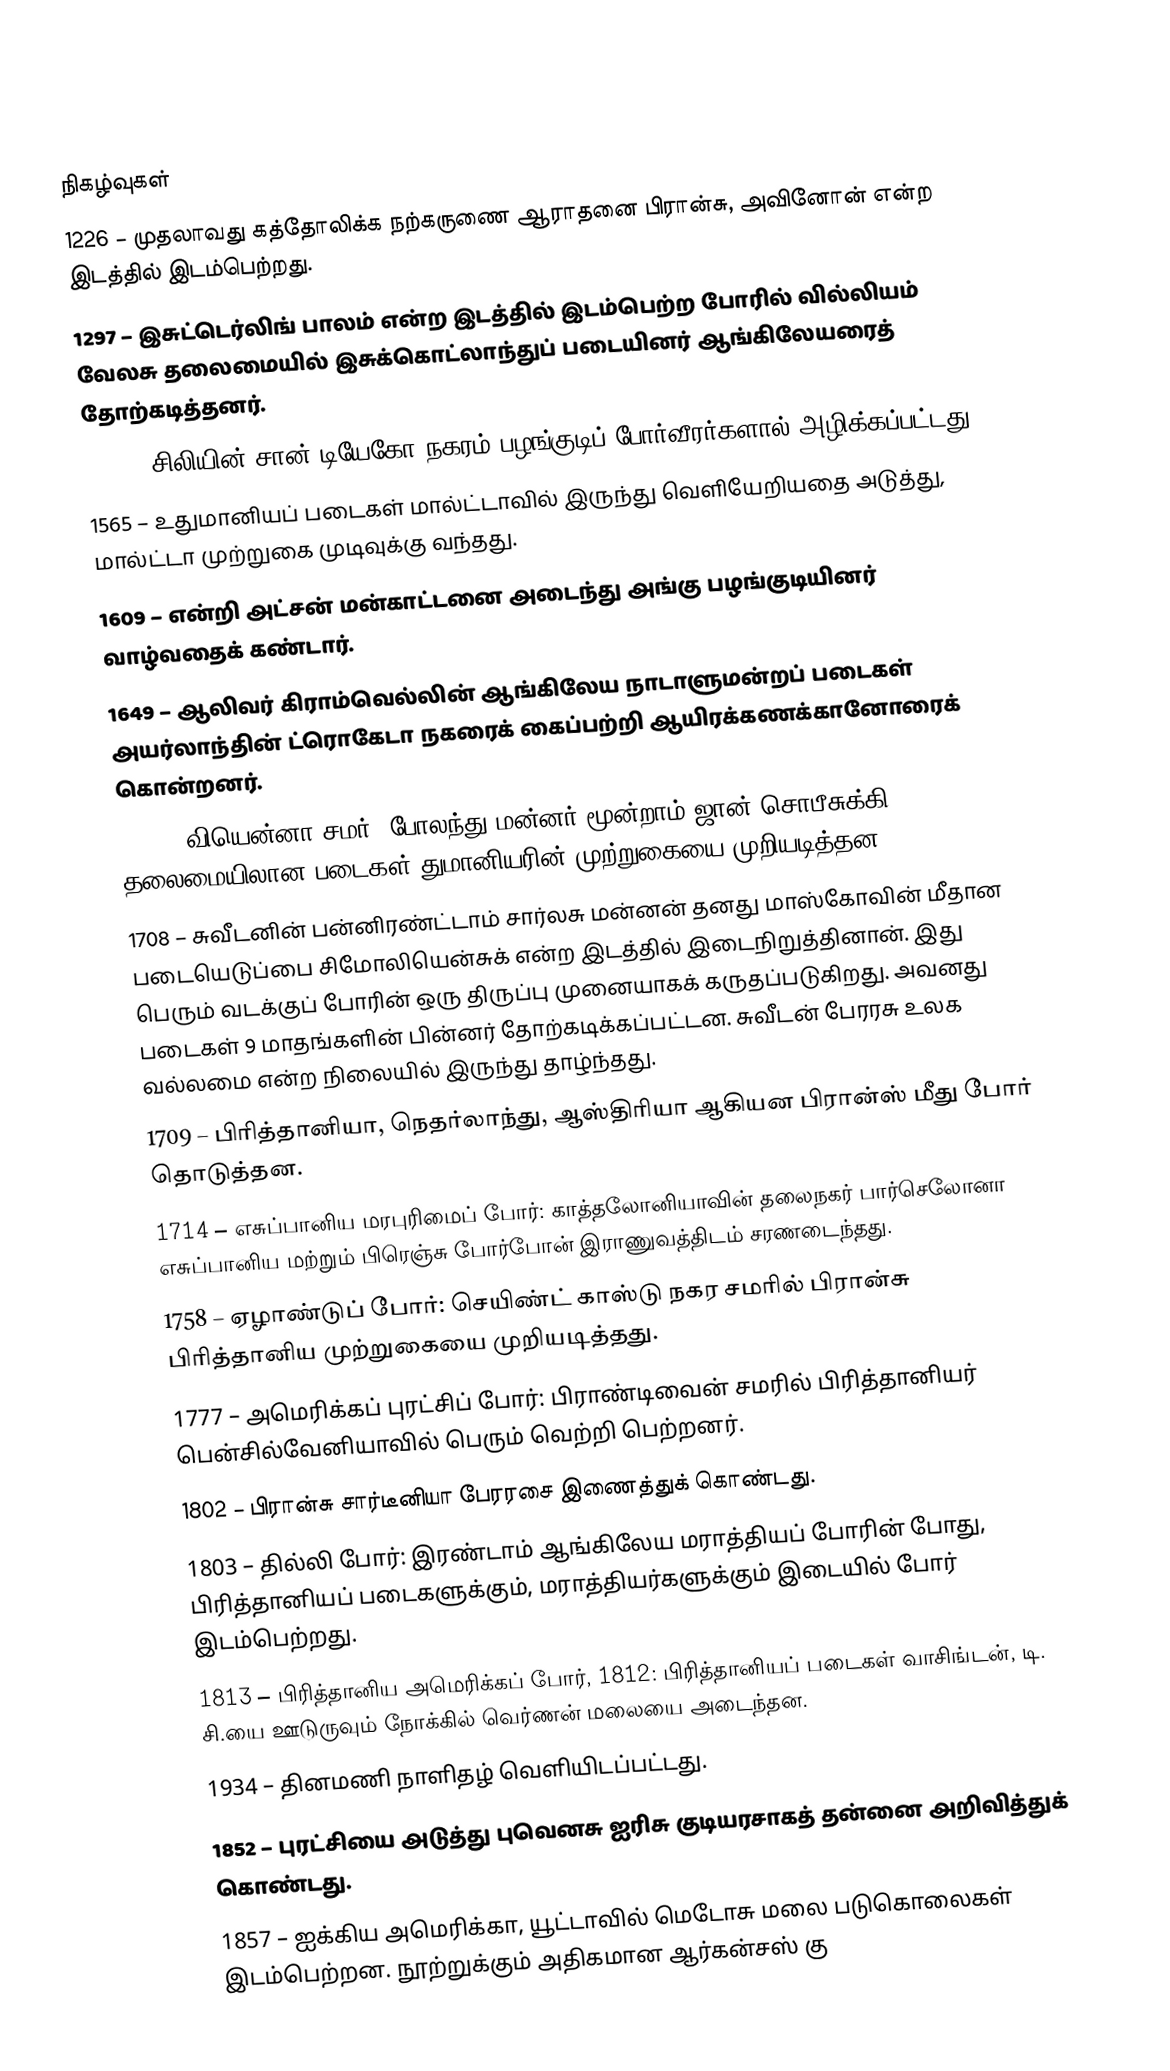

நிகழ்வுகள்
1226 – முதலாவது கத்தோலிக்க நற்கருணை ஆராதனை பிரான்சு, அவினோன் என்ற இடத்தில் இடம்பெற்றது.
1297 – இசுட்டெர்லிங் பாலம் என்ற இடத்தில் இடம்பெற்ற போரில் வில்லியம் வேலசு தலைமையில் இசுக்கொட்லாந்துப் படையினர் ஆங்கிலேயரைத் தோற்கடித்தனர்.
1541 – சிலியின் சான் டியேகோ நகரம் பழங்குடிப் போர்வீரர்களால் அழிக்கப்பட்டது.
1565 – உதுமானியப் படைகள் மால்ட்டாவில் இருந்து வெளியேறியதை அடுத்து, மால்ட்டா முற்றுகை முடிவுக்கு வந்தது.
1609 – என்றி அட்சன் மன்காட்டனை அடைந்து அங்கு பழங்குடியினர் வாழ்வதைக் கண்டார்.
1649 – ஆலிவர் கிராம்வெல்லின் ஆங்கிலேய நாடாளுமன்றப் படைகள் அயர்லாந்தின் ட்ரொகேடா நகரைக் கைப்பற்றி ஆயிரக்கணக்கானோரைக் கொன்றனர்.
1683 – வியென்னா சமர்: போலந்து மன்னர் மூன்றாம் ஜான் சொபீசுக்கி தலைமையிலான படைகள் துமானியரின் முற்றுகையை முறியடித்தன.
1708 – சுவீடனின் பன்னிரண்ட்டாம் சார்லசு மன்னன் தனது மாஸ்கோவின் மீதான படையெடுப்பை சிமோலியென்சுக் என்ற இடத்தில் இடைநிறுத்தினான். இது பெரும் வடக்குப் போரின் ஒரு திருப்பு முனையாகக் கருதப்படுகிறது. அவனது படைகள் 9 மாதங்களின் பின்னர் தோற்கடிக்கப்பட்டன. சுவீடன் பேரரசு உலக வல்லமை என்ற நிலையில் இருந்து தாழ்ந்தது.
1709 – பிரித்தானியா, நெதர்லாந்து, ஆஸ்திரியா ஆகியன பிரான்ஸ் மீது போர் தொடுத்தன.
1714 – எசுப்பானிய மரபுரிமைப் போர்: காத்தலோனியாவின் தலைநகர் பார்செலோனா எசுப்பானிய மற்றும் பிரெஞ்சு போர்போன் இராணுவத்திடம் சரணடைந்தது.
1758 – ஏழாண்டுப் போர்: செயிண்ட் காஸ்டு நகர சமரில் பிரான்சு பிரித்தானிய முற்றுகையை முறியடித்தது.
1777 – அமெரிக்கப் புரட்சிப் போர்: பிராண்டிவைன் சமரில் பிரித்தானியர் பென்சில்வேனியாவில் பெரும் வெற்றி பெற்றனர்.
1802 – பிரான்சு சார்டீனியா பேரரசை இணைத்துக் கொண்டது.
1803 – தில்லி போர்: இரண்டாம் ஆங்கிலேய மராத்தியப் போரின் போது, பிரித்தானியப் படைகளுக்கும், மராத்தியர்களுக்கும் இடையில் போர் இடம்பெற்றது.
1813 – பிரித்தானிய அமெரிக்கப் போர், 1812: பிரித்தானியப் படைகள் வாசிங்டன், டி. சி.யை ஊடுருவும் நோக்கில் வெர்ணன் மலையை அடைந்தன.
1934 – தினமணி நாளிதழ் வெளியிடப்பட்டது.
1852 – புரட்சியை அடுத்து புவெனசு ஐரிசு குடியரசாகத் தன்னை அறிவித்துக் கொண்டது.
1857 – ஐக்கிய அமெரிக்கா, யூட்டாவில் மெடோசு மலை படுகொலைகள் இடம்பெற்றன. நூற்றுக்கும் அதிகமான ஆர்கன்சஸ் கு